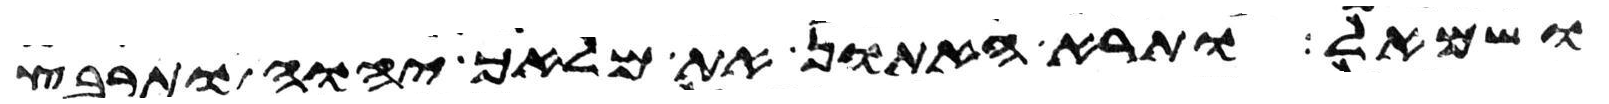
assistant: ושמאל ותרא האתון את מלאך יהוה ותרבץ